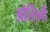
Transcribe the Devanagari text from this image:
ओर्सिनी